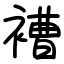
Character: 褿